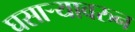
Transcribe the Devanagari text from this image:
घसाऱ्यावरुन